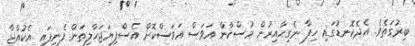
ބިރުގަތެވެ. އެދެކޮނޑުގައި ހިފާ ނެގިހާއިރުން މުސްކާން އަވަސް އަވަސްކޮށް އެސްފިޔަޖަހާލިތަން ފެނިފައި އެކުއްޖާ